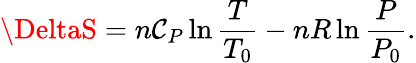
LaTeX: \DeltaS=n\mathcal{C}_{P}\ln{\frac{{T}}{{T_{0}}}}-nR\ln{\frac{{P}}{{P_{0}}}}.